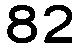
82